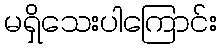
မရှိသေးပါကြောင်း